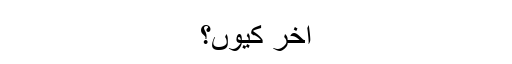
آخر کیوں؟